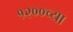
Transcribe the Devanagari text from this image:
१२००च्या